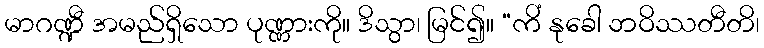
မာဂဏ္ဍီ အမည်ရှိသော ပုဏ္ဏားကို။ ဒိသွာ၊ မြင်၍။ “ကိံ နုခေါ ဘဝိဿတီတိ၊